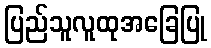
ပြည်သူလူထုအခြေပြု